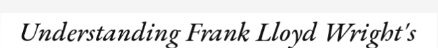
Understanding Frank Lloyd Wright's